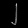
Digit: ၂